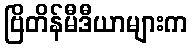
ဗြိတိန်မီဒီယာများက